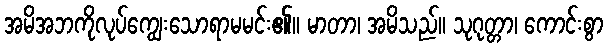
အမိအဘကိုလုပ်ကျွေးသောရာမမင်း၏။ မာတာ၊ အမိသည်။ သုဂုတ္တာ၊ ကောင်းစွာ